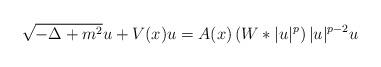
LaTeX: \begin{align*} \sqrt{-\Delta+m^2}u+ V(x) u = A(x)\left( W * |u|^p \right) |u|^{p-2}u\end{align*}